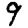
Digit: 9